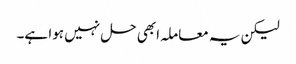
لیکن یہ معاملہ ابھی حل نہیں ہوا ہے۔